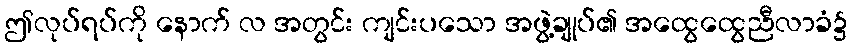
ဤလုပ်ရပ်ကို နောက် လ အတွင်း ကျင်းပသော အဖွဲ့ချုပ်၏ အထွေထွေညီလာခံ၌